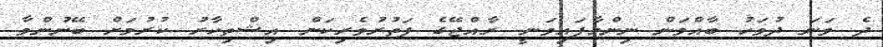
ދެ ވަނަ ދުވަހު ބާއްވަން ނިންމާފައިވަނީ ރާއްޖޭގެ ފަތުރުވެރިކަން އިޝްތިހާރު ކުރުމަށް ބޭނުންވާ